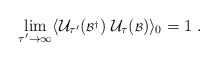
\begin{align*}\lim_{\tau^\prime \rightarrow \infty}\langle {\cal U}_{\tau^\prime} ({\scriptstyle{\cal B}^\dagger})\; {\cal U}_\tau ({\scriptstyle{\cal B}}) \rangle_0 = 1 \; .\end{align*}